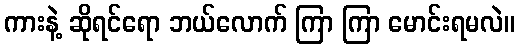
ကားနဲ့ ဆိုရင်ရော ဘယ်လောက် ကြာ ကြာ မောင်းရမလဲ။